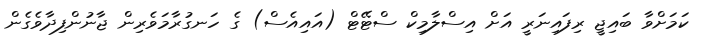
ކަމަށްވާ ބައިޖީ ރިފައިނަރީ އަށް އިސްލާމިކް ސްޓޭޓް (އައިއެސް) ގެ ހަނގުރާމަވެރިން ޖާނުންފިދާވެގެން